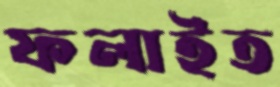
ফলাইত